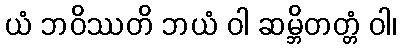
ယံ ဘဝိဿတိ ဘယံ ဝါ ဆမ္ဘိတတ္တံ ဝါ၊